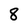
Character: 8